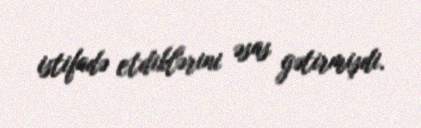
istifadə etdiklərini əsas gətirmişdi.